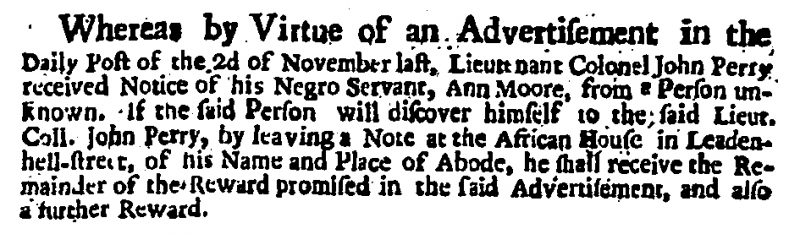
Daily Post, 25 February 1721 (England)
Whereas by Virtue of an Advertisement in the Daily Post of the 2d of November last, Lieutenant Colonel John Perry received Notice of his Negro Servant, Ann Moore, from a Person unknown. If the said Person will discover himself to the said Lieut. Coll. John Perry, by leaving a Note at the African House in Leadenhell-street, of his Name and Place of Abode, he shall receive the Remainder of the Reward promised in the said Advertisements, and also a further Reward.